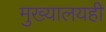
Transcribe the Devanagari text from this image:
मुख्यालयही